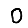
Digit: 0